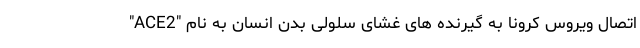
اتصال ویروس کرونا به گیرنده های غشای سلولی بدن انسان به نام "ACE2"